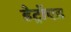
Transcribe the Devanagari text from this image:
डेट्रॉएड